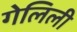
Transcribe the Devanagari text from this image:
गेलिली